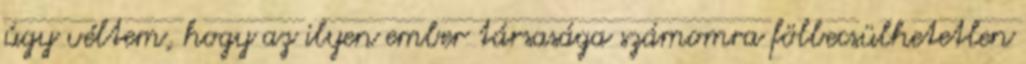
úgy véltem, hogy az ilyen ember társasága számomra fölbecsülhetetlen